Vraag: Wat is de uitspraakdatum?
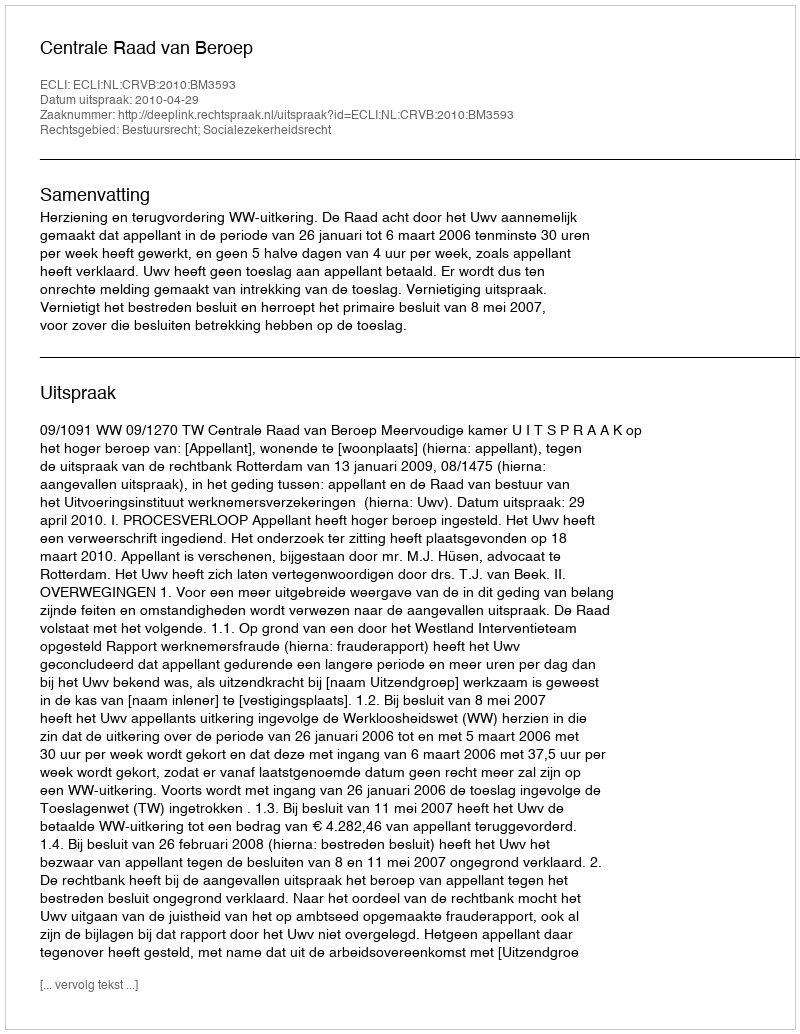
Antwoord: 2010-04-29